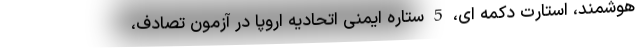
هوشمند، استارت دکمه ای، 5 ستاره ایمنی اتحادیه اروپا در آزمون تصادف،